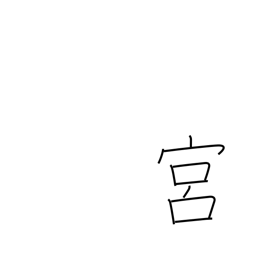
Meaning: constellations